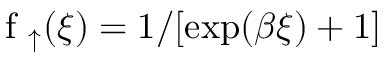
\mathrm { ~ f ~ } _ { \uparrow } ( \xi ) = 1 / [ \exp ( \beta \xi ) + 1 ]